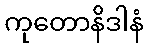
ကုတောနိဒါနံ